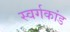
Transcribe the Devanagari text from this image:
स्वर्गकांड